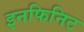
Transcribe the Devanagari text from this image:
इनफिनिट